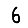
Digit: 6